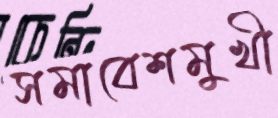
সমাবেশমুখী